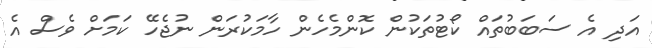
އަދި އެ ސަބަބުތައް ކޯޓުތަކުން ކޮންމެހެން ހާމަކުރަން ނުޖެހޭ ކަމަށް ވެސް އެ